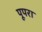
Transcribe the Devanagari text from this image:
पूपरा